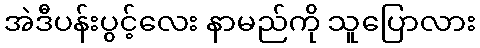
အဲဒီပန်းပွင့်လေး နာမည်ကို သူပြောလား